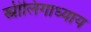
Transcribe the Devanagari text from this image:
स्त्रीलिंगाध्याय